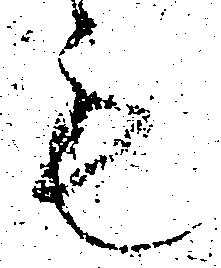
も